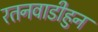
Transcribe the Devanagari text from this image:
रतनवाडीहुन